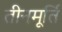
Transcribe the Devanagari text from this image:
तीनमूर्ति